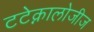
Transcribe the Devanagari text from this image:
टटेक्नालोजीज